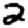
Digit: 2